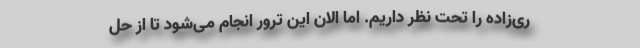
ری‌زاده را تحت نظر داریم. اما الان این ترور انجام می‌شود تا از حل